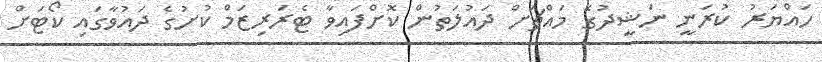
ހައްޔަރު ކުރަނީ ނަޝީދުގެ މައްޗަށް ދައުލަތުން ކޮށްފައިވާ ޓެރަރިޒަމް ކުށުގެ ދައުވާގައި ކޯޓަށް